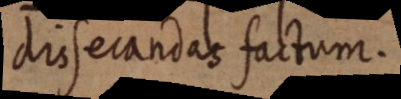
dissecandas factum.